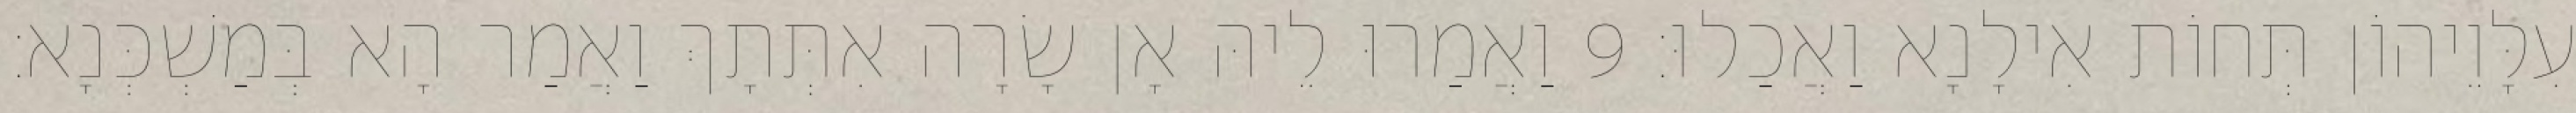
עִלָּוֵיהוֹן תְּחוֹת אִילָנָא וַאֲכַלוּ׃ 9 וַאֲמַרוּ לֵיהּ אָן שָׂרָה אִתְּתָךְ וַאֲמַר הָא בְּמַשְׁכְּנָא׃